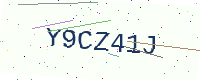
Text: Y9CZ41J